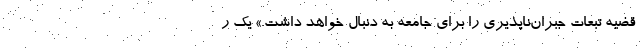
قضیه تبعات جبران‌ناپذیری را برای جامعه به دنبال خواهد داشت.» یک ر